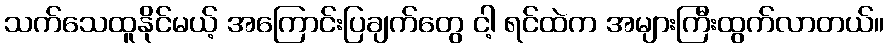
သက်သေထူနိုင်မယ့် အကြောင်းပြချက်တွေ ငါ့ ရင်ထဲက အများကြီးထွက်လာတယ်။